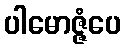
ပါမောဇ္ဇံပေ